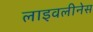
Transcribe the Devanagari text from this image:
लाइवलीनेस